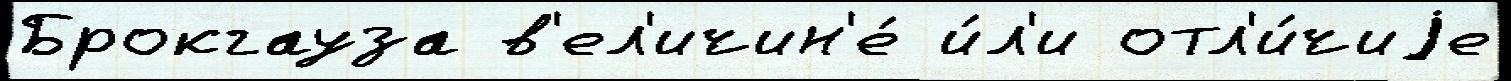
Брокгауза в'ел'ичин'е́ и́л'и отл'и́чиjе